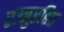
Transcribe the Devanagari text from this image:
रज्जुरहित